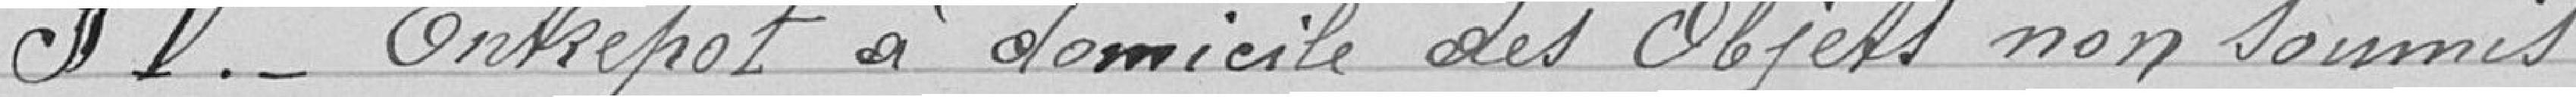
§ V.- Entrepôt à domicile des objets non soumis